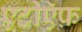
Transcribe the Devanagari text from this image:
एटीऍफ़